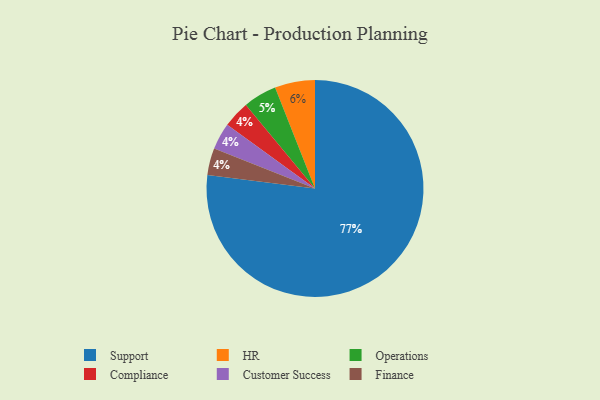
{"axis": {"x": "Category", "y": "Percentage"}, "legend": ["Compliance", "Customer Success", "Finance", "HR", "Operations", "Support"], "data": [{"x": "Operations", "y": 5, "type": "Operations"}, {"x": "Compliance", "y": 4, "type": "Compliance"}, {"x": "Support", "y": 77, "type": "Support"}, {"x": "Customer Success", "y": 4, "type": "Customer Success"}, {"x": "Finance", "y": 4, "type": "Finance"}, {"x": "HR", "y": 6, "type": "HR"}]}